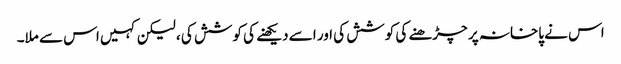
اس نے پاخانہ پر چڑھنے کی کوشش کی اور اسے دیکھنے کی کوشش کی ، لیکن کہیں اس سے ملا۔